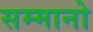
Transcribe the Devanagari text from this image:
सम्मानो